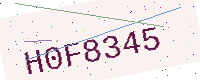
Text: H0F8345